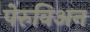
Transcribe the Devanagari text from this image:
पेरुविअन